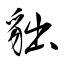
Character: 貀